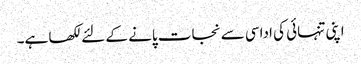
اپنی تنہائی کی اداسی سے نجات پانے کے لئے لکھا ہے۔